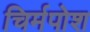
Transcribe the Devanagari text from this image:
चिर्मपोश